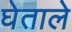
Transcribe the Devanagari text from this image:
घेताले